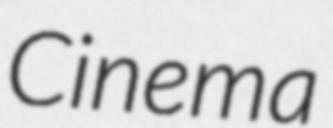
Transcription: Cinema